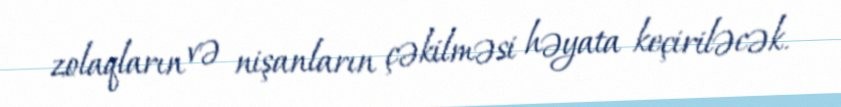
zolaqların və nişanların çəkilməsi həyata keçiriləcək.